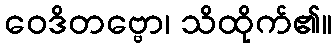
ဝေဒိတဗ္ဗော၊ သိထိုက်၏။